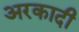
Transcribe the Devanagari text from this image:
अरकादी